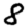
Digit: 8